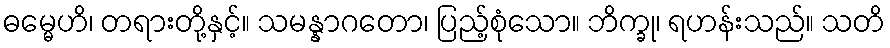
ဓမ္မေဟိ၊ တရားတို့နှင့်။ သမန္နာဂတော၊ ပြည့်စုံသော။ ဘိက္ခု၊ ရဟန်းသည်။ သတိ